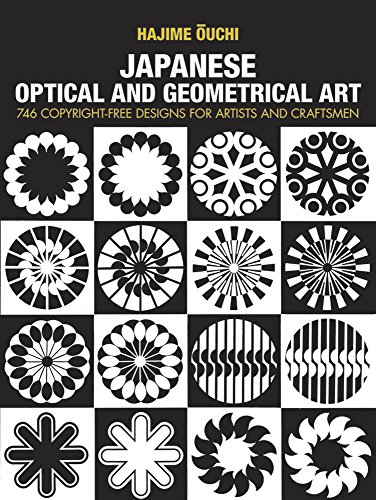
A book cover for Japanese Optical and Geometrical Art; Hajime Ouchi; Arts & Photography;